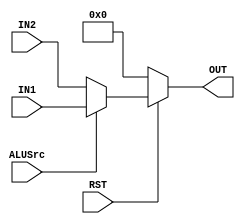
module mux(IN1, IN2, OUT, ALUSrc, RST);

input RST;
input ALUSrc;
input [31:0] IN1;
input [31:0] IN2;

output reg [31:0] OUT;

always @(*) begin
    if(RST == 0) OUT = 32'b0; else
        OUT = ALUSrc ? IN1 : IN2;
end

endmodule